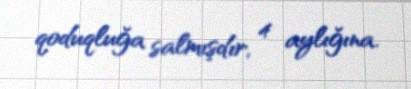
qoduqluğa salmışdır, 4 aylığına.